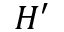
H ^ { \prime }